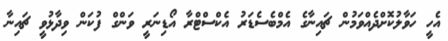
އެހީ ހަވާލުކޮށްދެއްވަމުން ޗައިނާގެ އެމްބެސެޑަރު އެކްސްޓްރާ އޯޑިނަރީ ވަންގް ފުކަން ވިދާޅުވީ ޗައިނާ